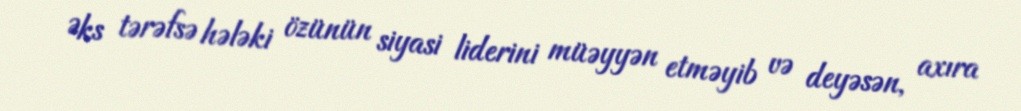
Əks tərəfsə hələki özünün siyasi liderini müəyyən etməyib və deyəsən, axıra